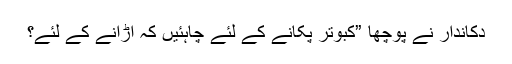
دکاندار نے پوچھا ”کبوتر پکانے کے لئے چاہئیں کہ اڑانے کے لئے؟